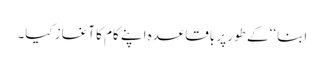
ابنا‘‘ کے طور پر باقاعدہ اپنے کام کا آغاز کیا۔